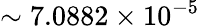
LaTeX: \sim 7.0882\times 10^{-5}